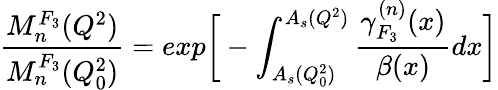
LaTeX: \frac{M_{n}^{F_{3}}(Q^{2})}{M_{n}^{F_{3}}(Q_{0}^{2})}=exp\bigg[-\int_{A_{s}(Q_{0}^{2})}^{A_{s}(Q^{2})}\frac{\gamma_{F_{3}}^{(n)}(x)}{\beta(x)}dx\bigg]